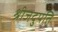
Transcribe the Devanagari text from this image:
श्रीजदुपति